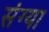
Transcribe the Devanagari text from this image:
संग्या